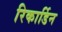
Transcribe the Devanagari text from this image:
रिकार्डिन